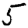
Digit: 5